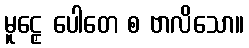
မူဠှေ ပေါတေ စ ဗာလိသော။